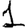
Digit: 1